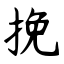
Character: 挽